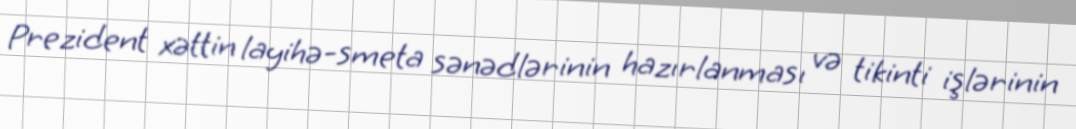
Prezident xəttin layihə-smeta sənədlərinin hazırlanması və tikinti işlərinin